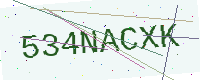
Text: 534NACXK